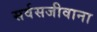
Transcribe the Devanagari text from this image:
सर्वसजीवाना